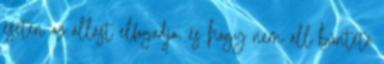
esetén az állást elfogadja, és hogy nem áll büntető